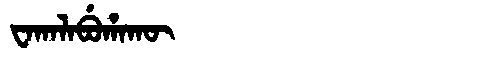
Manchu: ᠸᠠᡴᠠᠯᠠᠪᡠᡥᠠᡴᡡ
Romanization: WAKALABUHAKŪ